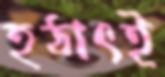
হঠাৎই